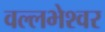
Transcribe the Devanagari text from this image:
वल्लभेश्वर